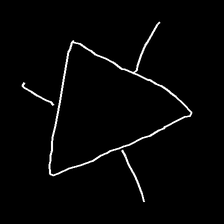
Glyph: fire